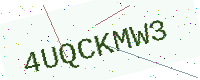
Text: 4UQCKMW3